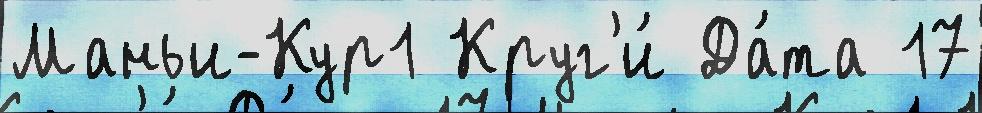
Маньи-Кур1 Круг'и́ Да́та 17